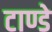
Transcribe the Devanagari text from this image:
टाण्डे